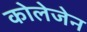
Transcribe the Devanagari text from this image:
कोलेजेन